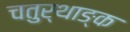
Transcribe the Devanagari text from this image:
चतुर्थाङ्क